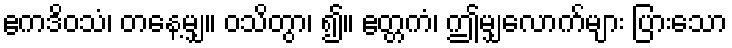
ဧကဒိဝသံ၊ တနေ့မျှ။ ဝသိတွာ၊ ၍။ ဧတ္တကံ၊ ဤမျှလောက်များ ပြားသော